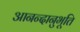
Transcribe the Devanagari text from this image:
आनन्‍दानुभूति